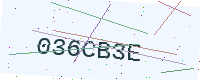
Text: 036CB3E